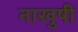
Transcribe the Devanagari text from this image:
नाखुषी